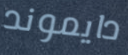
دايموند